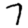
Digit: 7